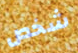
شخص